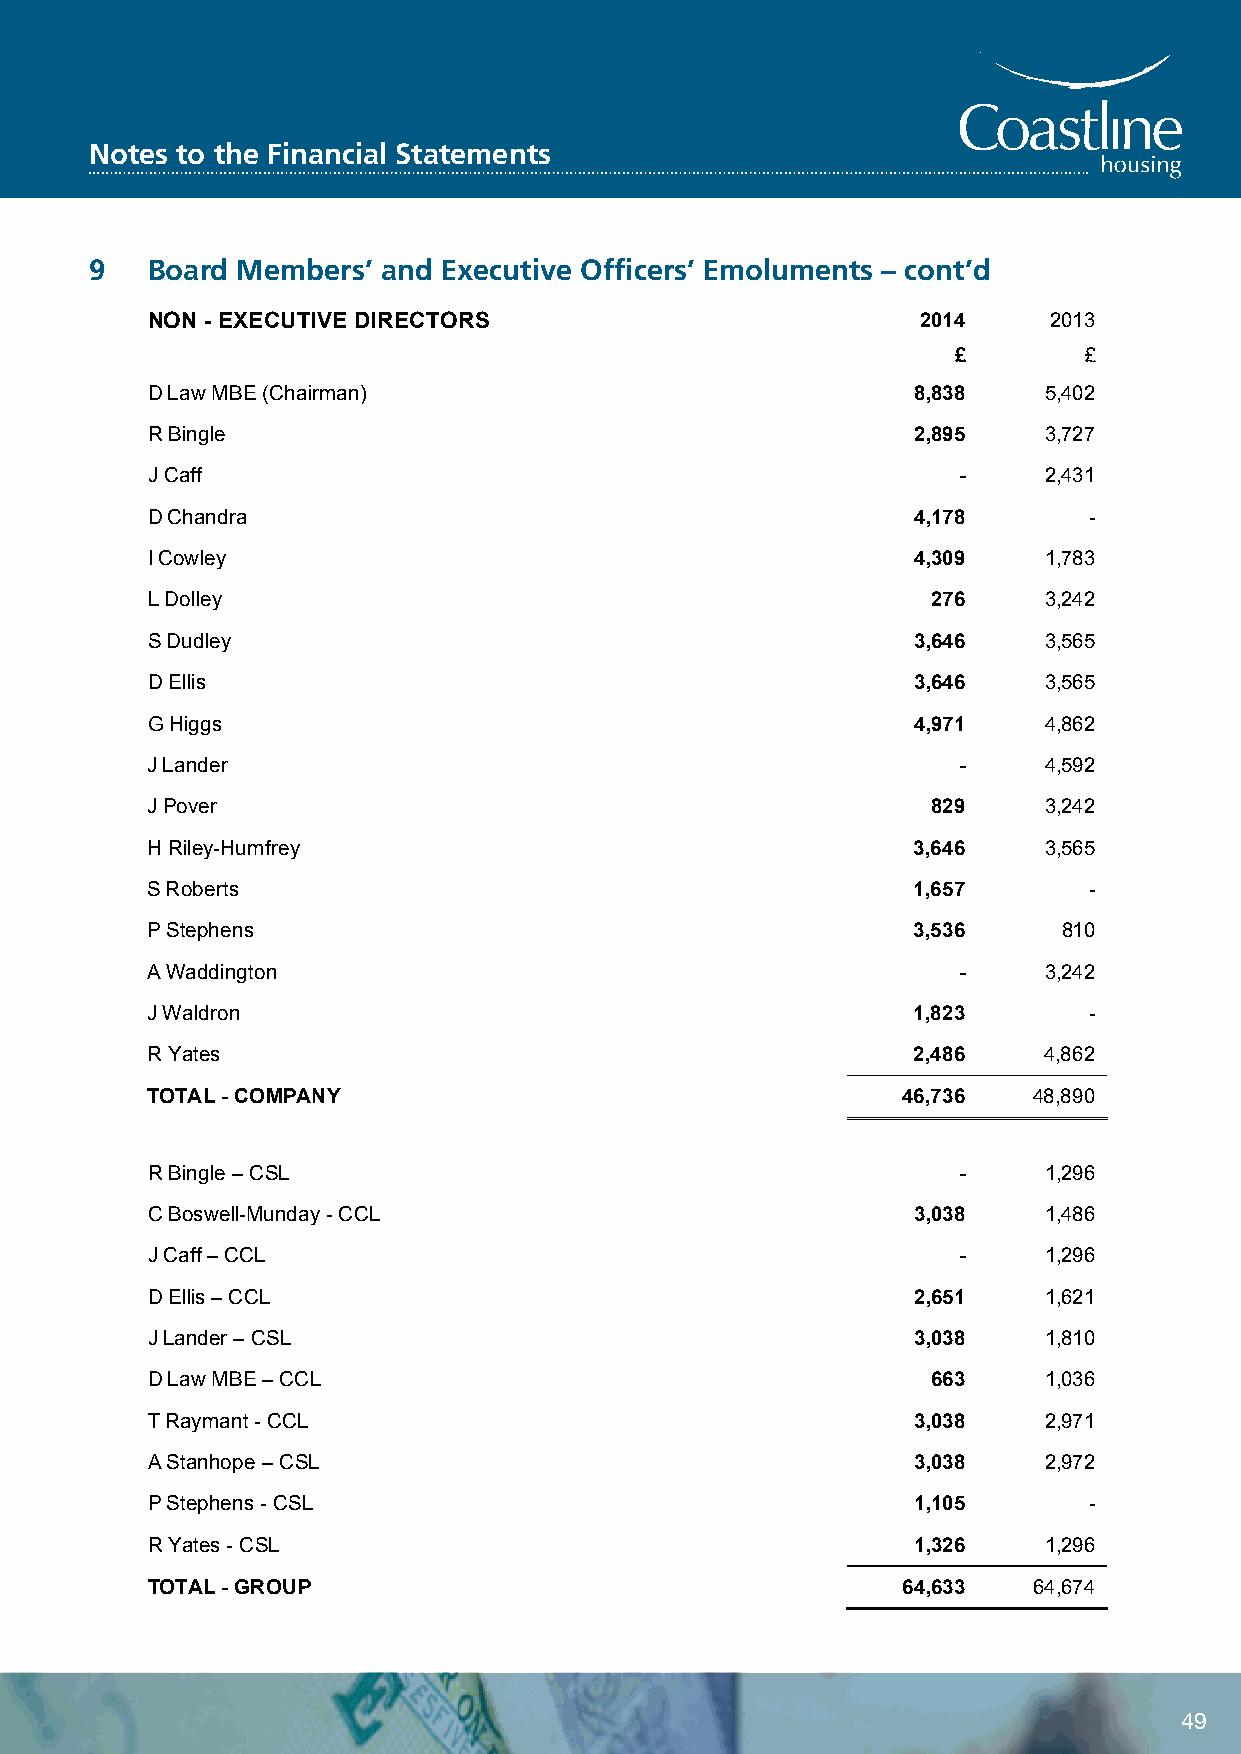
Coastline Housing Limited
 Notes to the Financial Statements
 Notes to the Financial Statements
 9   Board Members’ and Executive Officers’ Emoluments – cont’d
 9   Board Members’ and Executive Officers’ Emoluments – cont’d
 NON - EXECUTIVE DIRECTORS                          2014    2013
 £        £
 D Law MBE (Chairman)                               8,838   5,402
 R Bingle                                           2,895   3,727
 J Caff                                               -     2,431
 D Chandra                                          4,178      -
 I Cowley                                           4,309   1,783
 L Dolley                                            276    3,242
 S Dudley                                           3,646   3,565
 D Ellis                                            3,646   3,565
 G Higgs                                            4,971   4,862
 J Lander                                             -     4,592
 J Pover                                             829    3,242
 H Riley-Humfrey                                    3,646   3,565
 S Roberts                                          1,657      -
 P Stephens                                         3,536    810
 A Waddington                                         -     3,242
 J Waldron                                         1,823       -
 R Yates                                           2,486    4,862
 TOTAL - COMPANY                                   46,736  48,890
 R Bingle – CSL                                       -     1,296
 C Boswell-Munday - CCL                             3,038   1,486
 J Caff – CCL                                         -     1,296
 D Ellis – CCL                                      2,651   1,621
 J Lander – CSL                                     3,038   1,810
 D Law MBE – CCL                                     663    1,036
 T Raymant - CCL                                    3,038   2,971
 A Stanhope – CSL                                   3,038   2,972
 P Stephens - CSL                                   1,105      -
 R Yates - CSL                                      1,326   1,296
 TOTAL - GROUP                                     64,633  64,674
 45
 49